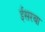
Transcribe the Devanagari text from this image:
ईसरवा